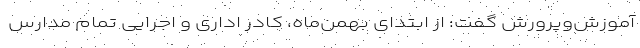
آموزش‌وپرورش گفت: از ابتدای بهمن‌ماه، کادر اداری و اجرایی تمام مدارس